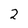
Character: 2